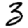
Digit: 3